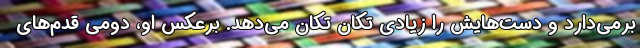
برمی‌دارد و دست‌هایش را زیادی تکان تکان می‌دهد. برعکس او، دومی قدم‌های